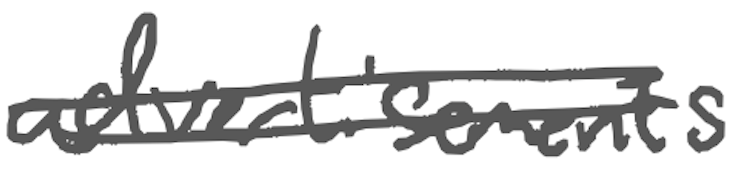
Text: advertisements
Cross-out: double-line
Writing tool: digital_gray